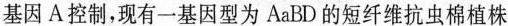
基因A控制，现有一基因型为AaBD的短纤维抗虫棉植株